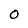
Character: 0